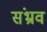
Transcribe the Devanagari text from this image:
संभ्रव